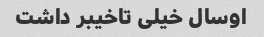
اوسال خیلی تاخیبر داشت